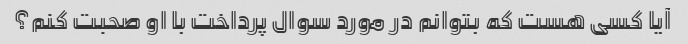
آیا کسی هست که بتوانم در مورد سوال پرداخت با او صحبت کنم؟